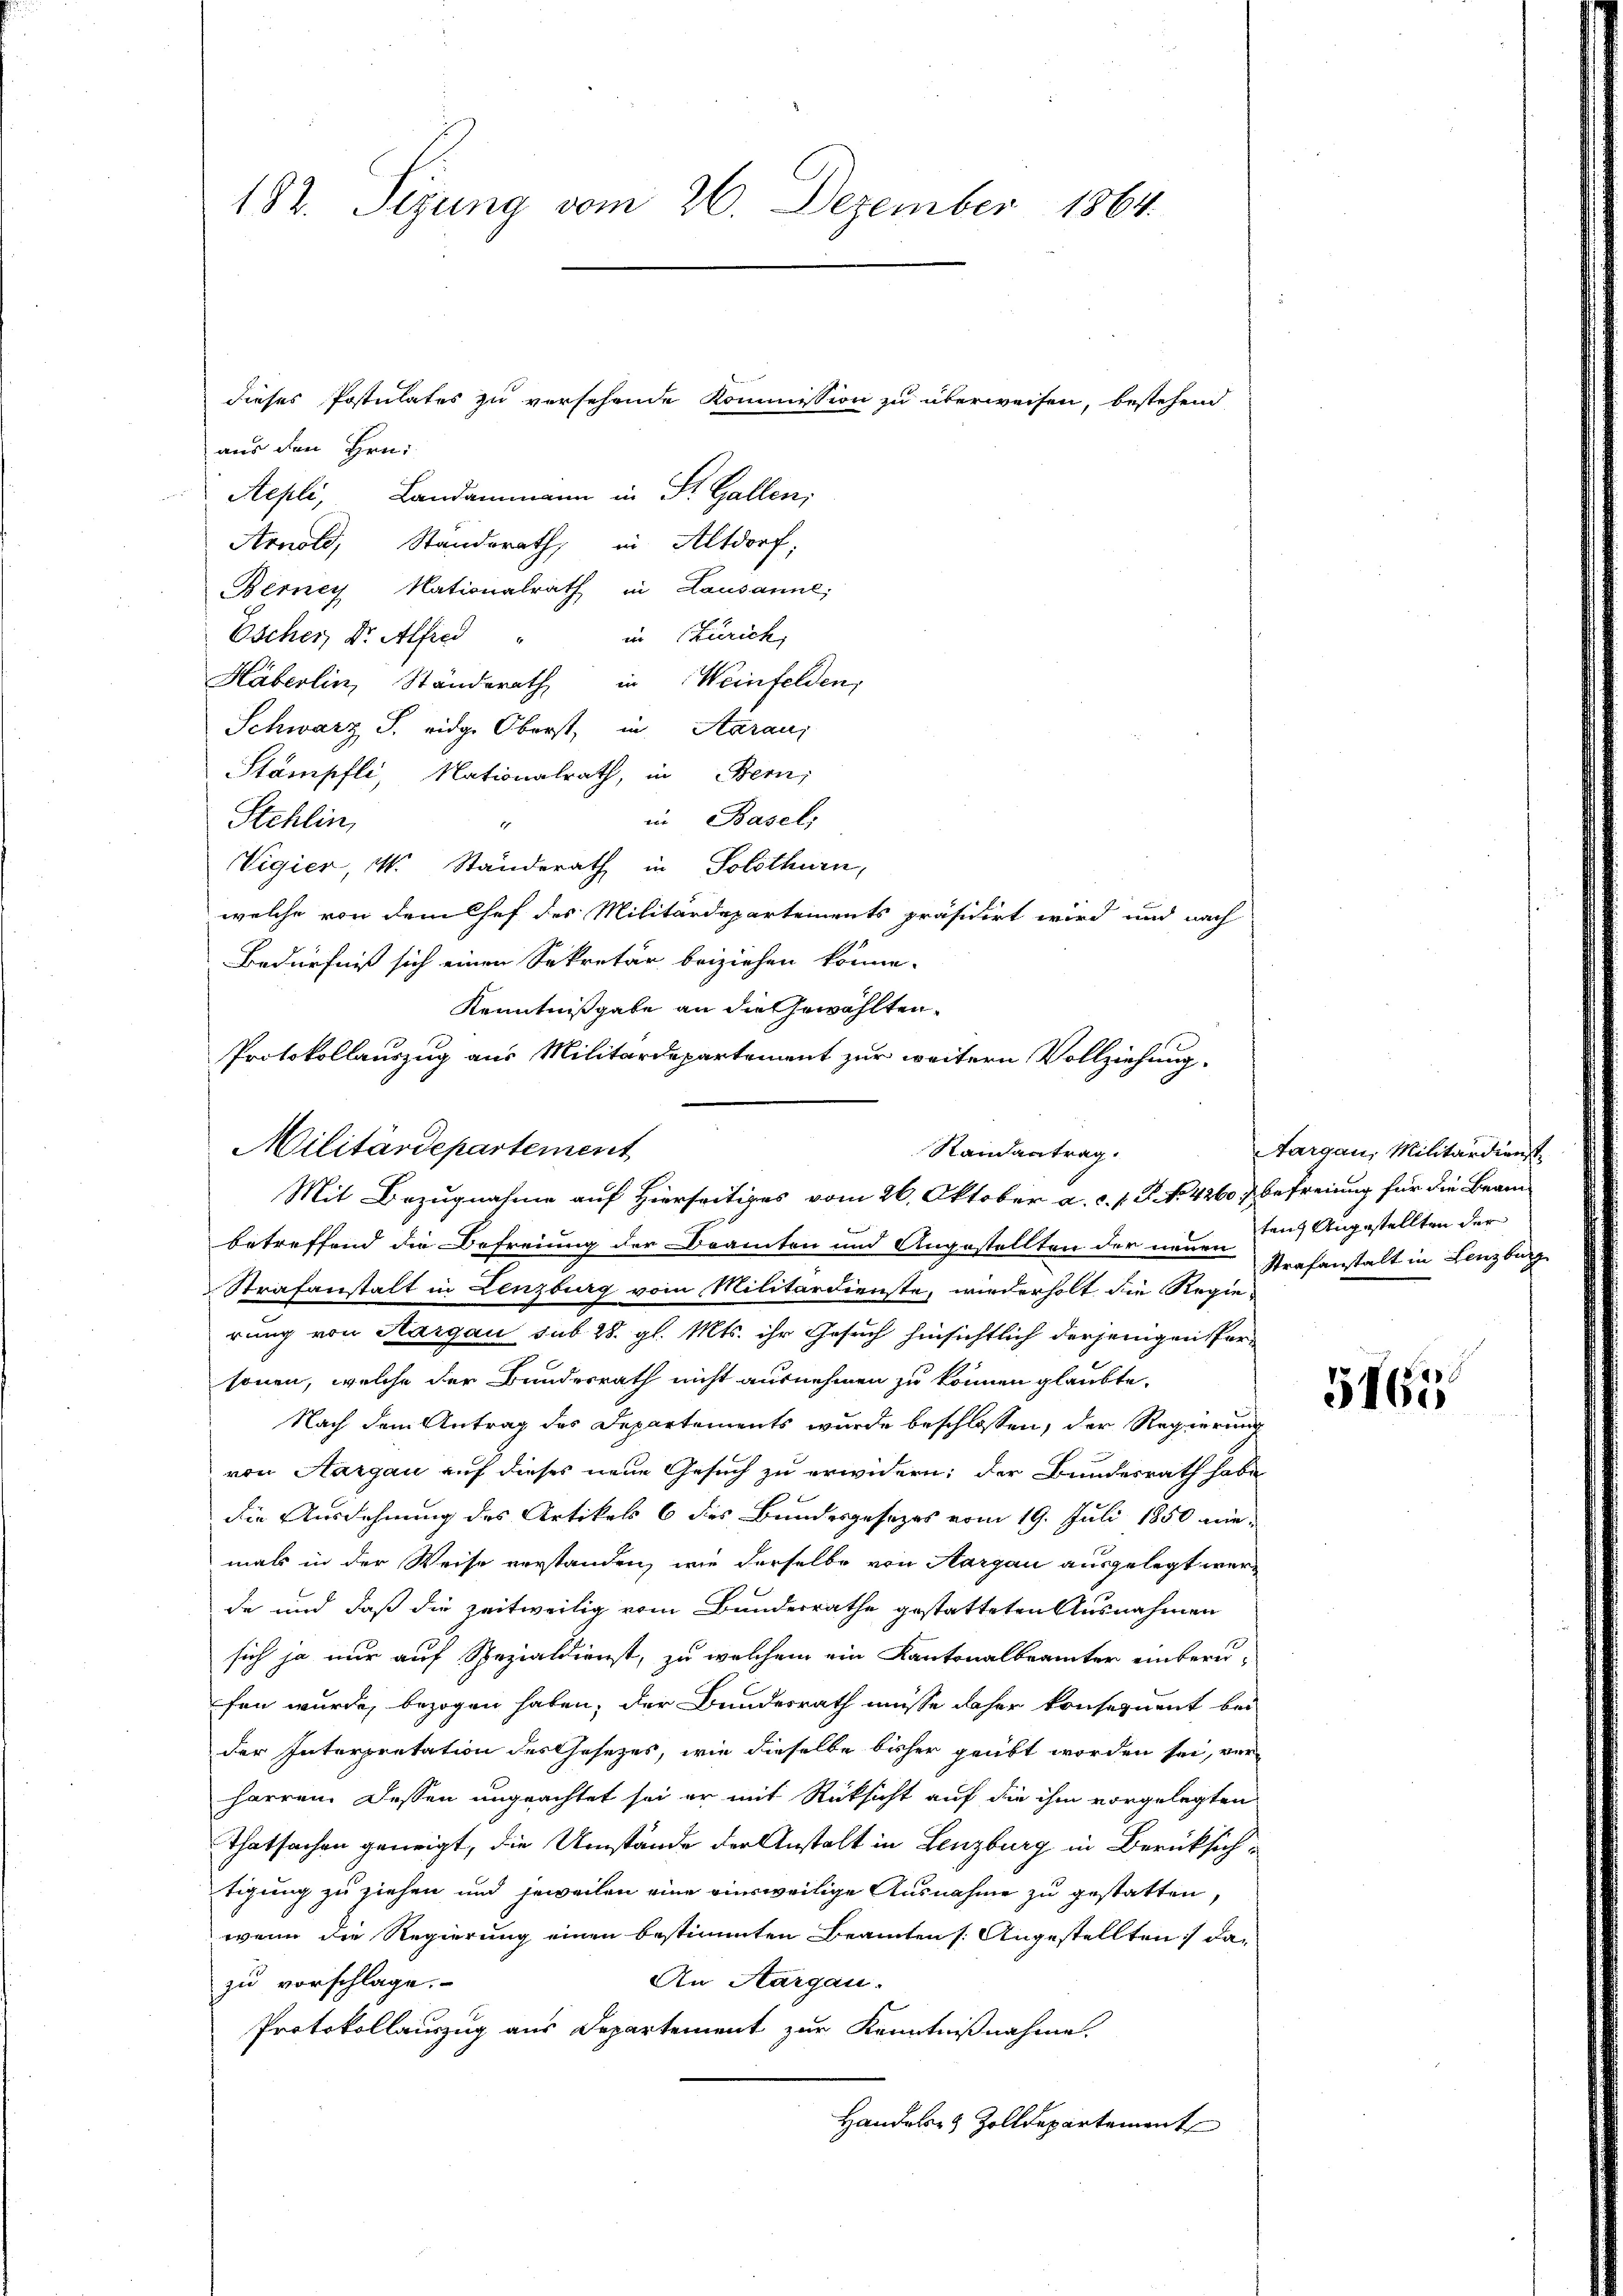
182. Sizung vom 26. Dezember 1864.
dieses Postulates zu versehende Kommission zu überweisen, bestehend
aus den Hrn.

Aepli, Landammann in St. Gallen;
Arnold, Standerath, in Altdorf;
Berney Nationalrath in Lausanne;
in Zürich,
Escher, Dr. Alfred
Häberlin, Ständerath in Weinfelden,
Schwarz J. eidg. Oberst, in Aaraus
Stampfli, Nationalrath, in Bern,
in Basel,
Stehlin,
1
Vigier, M. Standerath in Solothurn,
welche von dem Chef des Militärdepartements präsidirt wird und nach
Bedürfniß sich einen Sekretär beiziehen könne.
Kenntnißgabe an die Gewählten.
Protokollauszug aus Militärdepartement zur weitern Vollziehung.
Militärdepartement
betreffend die Befreiung der Beamten und Angestellten der neuen Eins Angestellten der
Strafanstalt in Lenzburg vom Militärdienste, wiederholt die Regie-
rung von Aargau sub 28. gl. Mts. ihr Gesuch hinsichtlich derjenigen Personen, welche der Bundesrath nicht ausnehmen zu können glaubte.
Nach dem Antrag des Departements wurde beschlossen, der Regierung
von Aargau auf dieses neue Gesuch zu erwidern: der Bundesrath habe
die Ausdehnung des Artikels 6 des Bundesgesezes vom 19. Juli 1850 niemals in der Weise verstanden, wie derselbe von Aargau ausgelegt werde und daß die zeitweilig vom Bundesrathe gestatteten Ausnahmen
sich ja nur auf Spezialdienst, zu welchem ein Kantonalbrämter einberu-
fen wurde, bezogen haben, der Bundesrath müsse daher konsequent bei
der Interpretation des Gesezes, wie dieselbe bisher geübt worden sei, ver
harren. Dessen ungeachtet sei er mit Rücksicht auf die ihm vorgelegten
Thatsachen geneigt, die Umstände der Anstalt in Lenzburg in Berücksichtigung zu ziehen und jeweilen eine einsweilige Ausnahme zu gestatten,
wenn die Regierung einen bestimmten Beamten /: Angestellten, da¬
An Aargau.
zu vorschlage.
Protokollauszug aus Departement zur Kenntnißnahme.
Handels- & Zolldepartement

Randantrag.
Mit Bezugnahme auf Hierseitiges vom 26. Oktober a. c. s. R. No. 42607 befreiung für die Beam¬

Aargau, Militärdienst
Strafanstalt in Lenzburg

5165